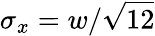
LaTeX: \sigma_{x}=w/\sqrt{12}